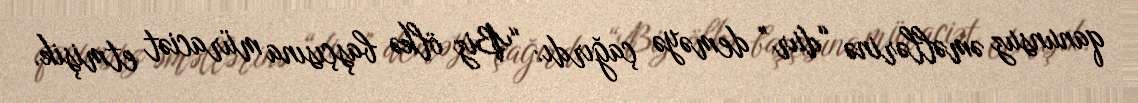
qanunsuz əməllərinə “dur” deməyə çağırdı: “Biz ölkə başçısına müraciət etmişik.